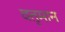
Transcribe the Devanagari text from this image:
वतृमान